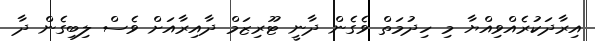
އިރާދަކުރެއްވިއްޔާ މި ހިދުމަތް ވެގެން ދާނީ ޓޫރިޒަމް ދާއިރާއަށް ވެސް ލިބިގެން ދާ